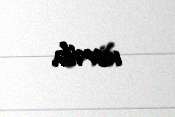
verib.